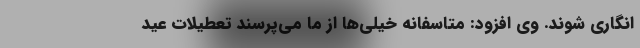
انگاری شوند. وی افزود: متاسفانه خیلی‌ها از ما می‌پرسند تعطیلات عید